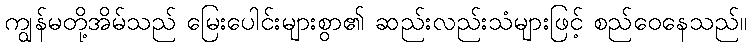
ကျွန်မတို့အိမ်သည် မြေးပေါင်းများစွာ၏ ဆည်းလည်းသံများဖြင့် စည်ဝေနေသည်။